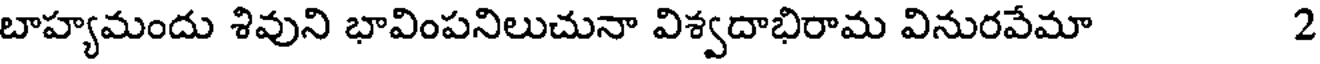
బాహ్యమందు శివుని భావింపనిలుచునా విశ్వదాభిరామ వినురవేమా 2